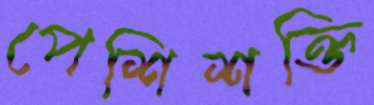
পেশিশক্তি